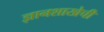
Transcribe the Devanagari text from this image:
ज्ञानशाखेची